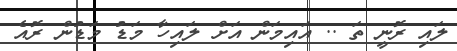
ލައި ރޮނީ ތަ .. އައިމަން އަށް ލައިހާ މަޑު މަޑުން ރޮއެ